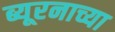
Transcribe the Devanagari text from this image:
ब्यूरनाच्या